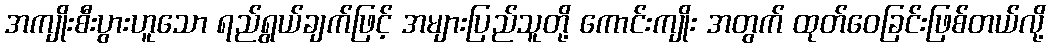
အကျိုးစီးပွားဟူသော ရည်ရွယ်ချက်ဖြင့် အများပြည်သူတို့ ကောင်းကျိုး အတွက် ထုတ်ဝေခြင်းဖြစ်တယ်လို့